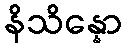
နိသိန္နော